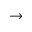
\rightarrow